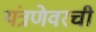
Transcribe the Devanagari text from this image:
यंत्रणेवरची